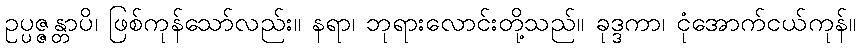
ဥပ္ပဇ္ဇန္တာပိ၊ ဖြစ်ကုန်သော်လည်း။ နရာ၊ ဘုရားလောင်းတို့သည်။ ခုဒ္ဒကာ၊ ငုံအောက်ငယ်ကုန်။